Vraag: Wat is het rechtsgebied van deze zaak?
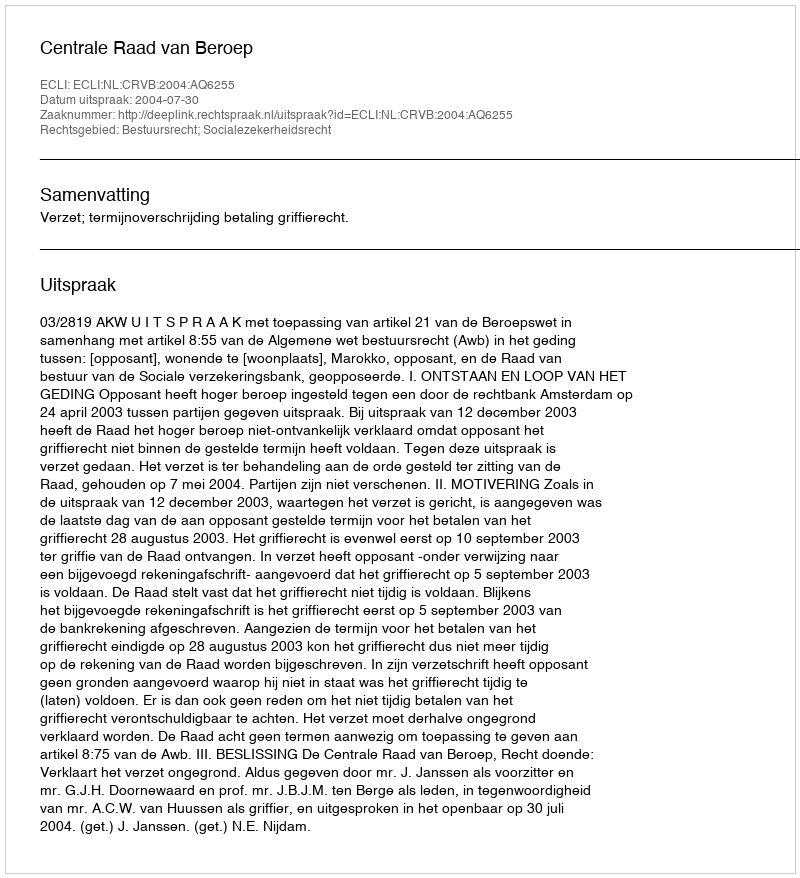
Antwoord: Bestuursrecht; Socialezekerheidsrecht